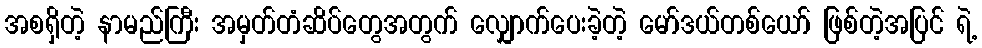
အစရှိတဲ့ နာမည်ကြီး အမှတ်တံဆိပ်တွေအတွက် လျှောက်ပေးခဲ့တဲ့ မော်ဒယ်တစ်ယော် ဖြစ်တဲ့အပြင် ရဲ့